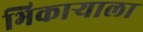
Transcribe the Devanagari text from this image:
भिकाऱ्याला